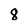
Character: 8